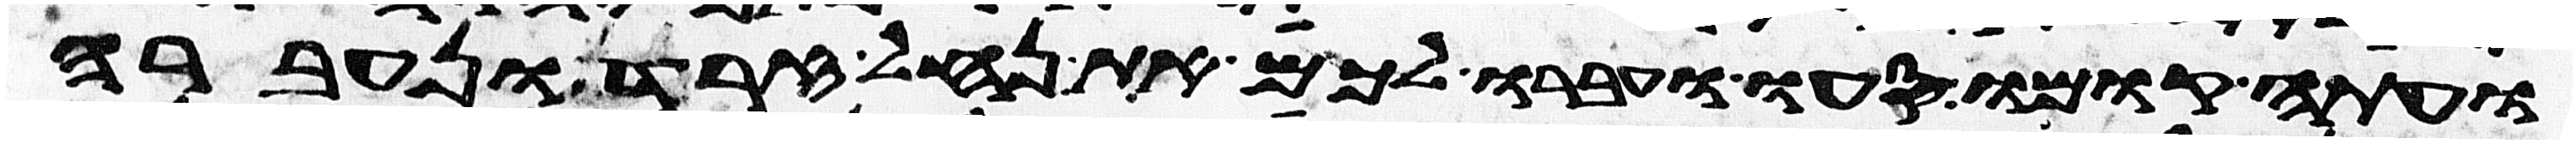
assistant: ועתה קומו סעו ועברו לכם את נחל זרד ונעברה